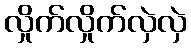
လှိုက်လှိုက်လှဲလှဲ